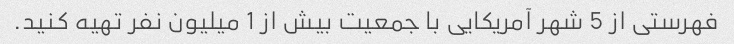
فهرستی از 5 شهر آمریکایی با جمعیت بیش از 1 میلیون نفر تهیه کنید.